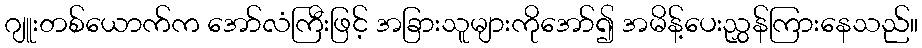
ဂျူးတစ်ယောက်က အော်လံကြီးဖြင့် အခြားသူများကိုအော်၍ အမိန့်ပေးညွှန်ကြားနေသည်။